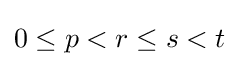
0\leq p<r\leq s<t